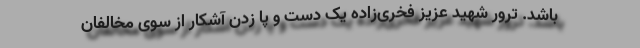
باشد. ترور شهید عزیز فخری‌زاده یک دست و پا زدن آشکار از سوی مخالفان